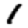
Digit: 1